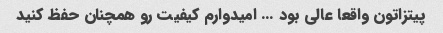
پیتزاتون واقعا عالی بود … امیدوارم کیفیت رو همچنان حفظ کنید